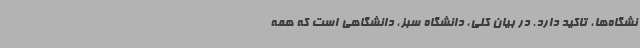
نشگاه‌ها، تاکید دارد. در بیان کلی، دانشگاه سبز، دانشگاهی است که همه